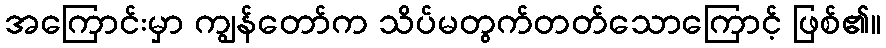
အကြောင်းမှာ ကျွန်တော်က သိပ်မတွက်တတ်သောကြောင့် ဖြစ်၏။